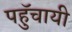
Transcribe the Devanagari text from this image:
पहुॅचायी